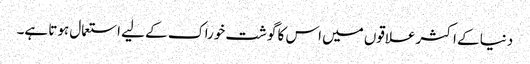
دنیا کے اکثر علاقوں میں اس کا گوشت خوراک کے لیے استعمال ہوتا ہے۔